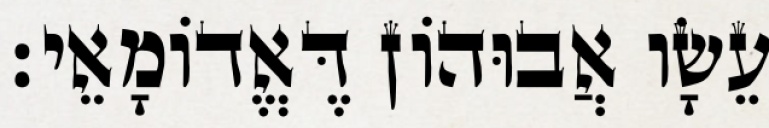
עֵשָׂו אֲבוּהוֹן דֶּאֱדוֹמָאֵי׃